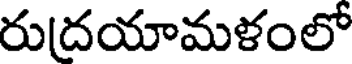
రుదయామళంలో